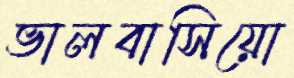
ভালবাসিয়ো